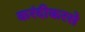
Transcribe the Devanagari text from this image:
करंदीकरसे